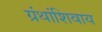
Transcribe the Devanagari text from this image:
ग्रंथांशिवाय